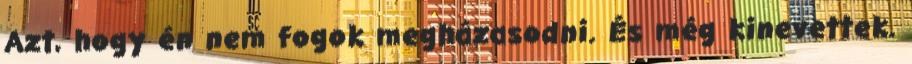
Azt, hogy én nem fogok megházasodni. És még kinevettek.